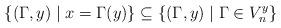
LaTeX: \begin{align*}\{(\Gamma,y)\mid x=\Gamma(y)\}\subseteq\{(\Gamma,y)\mid \Gamma\in V_n^y\}\end{align*}